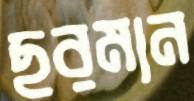
ছরমান